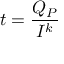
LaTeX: t = { \frac { Q _ { P } } { I ^ { k } } }